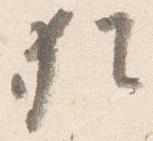
猶